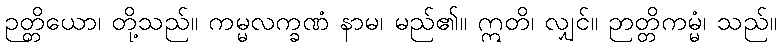
ဉတ္တိယော၊ တို့သည်။ ကမ္မလက္ခဏံ နာမ၊ မည်၏။ ဣတိ၊ လျှင်။ ဉာတ္တိကမ္မံ၊ သည်။